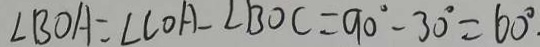
\angle B O A = \angle C O A - \angle B O C = 9 0 ^ { \circ } - 3 0 ^ { \circ } = 6 0 ^ { \circ }